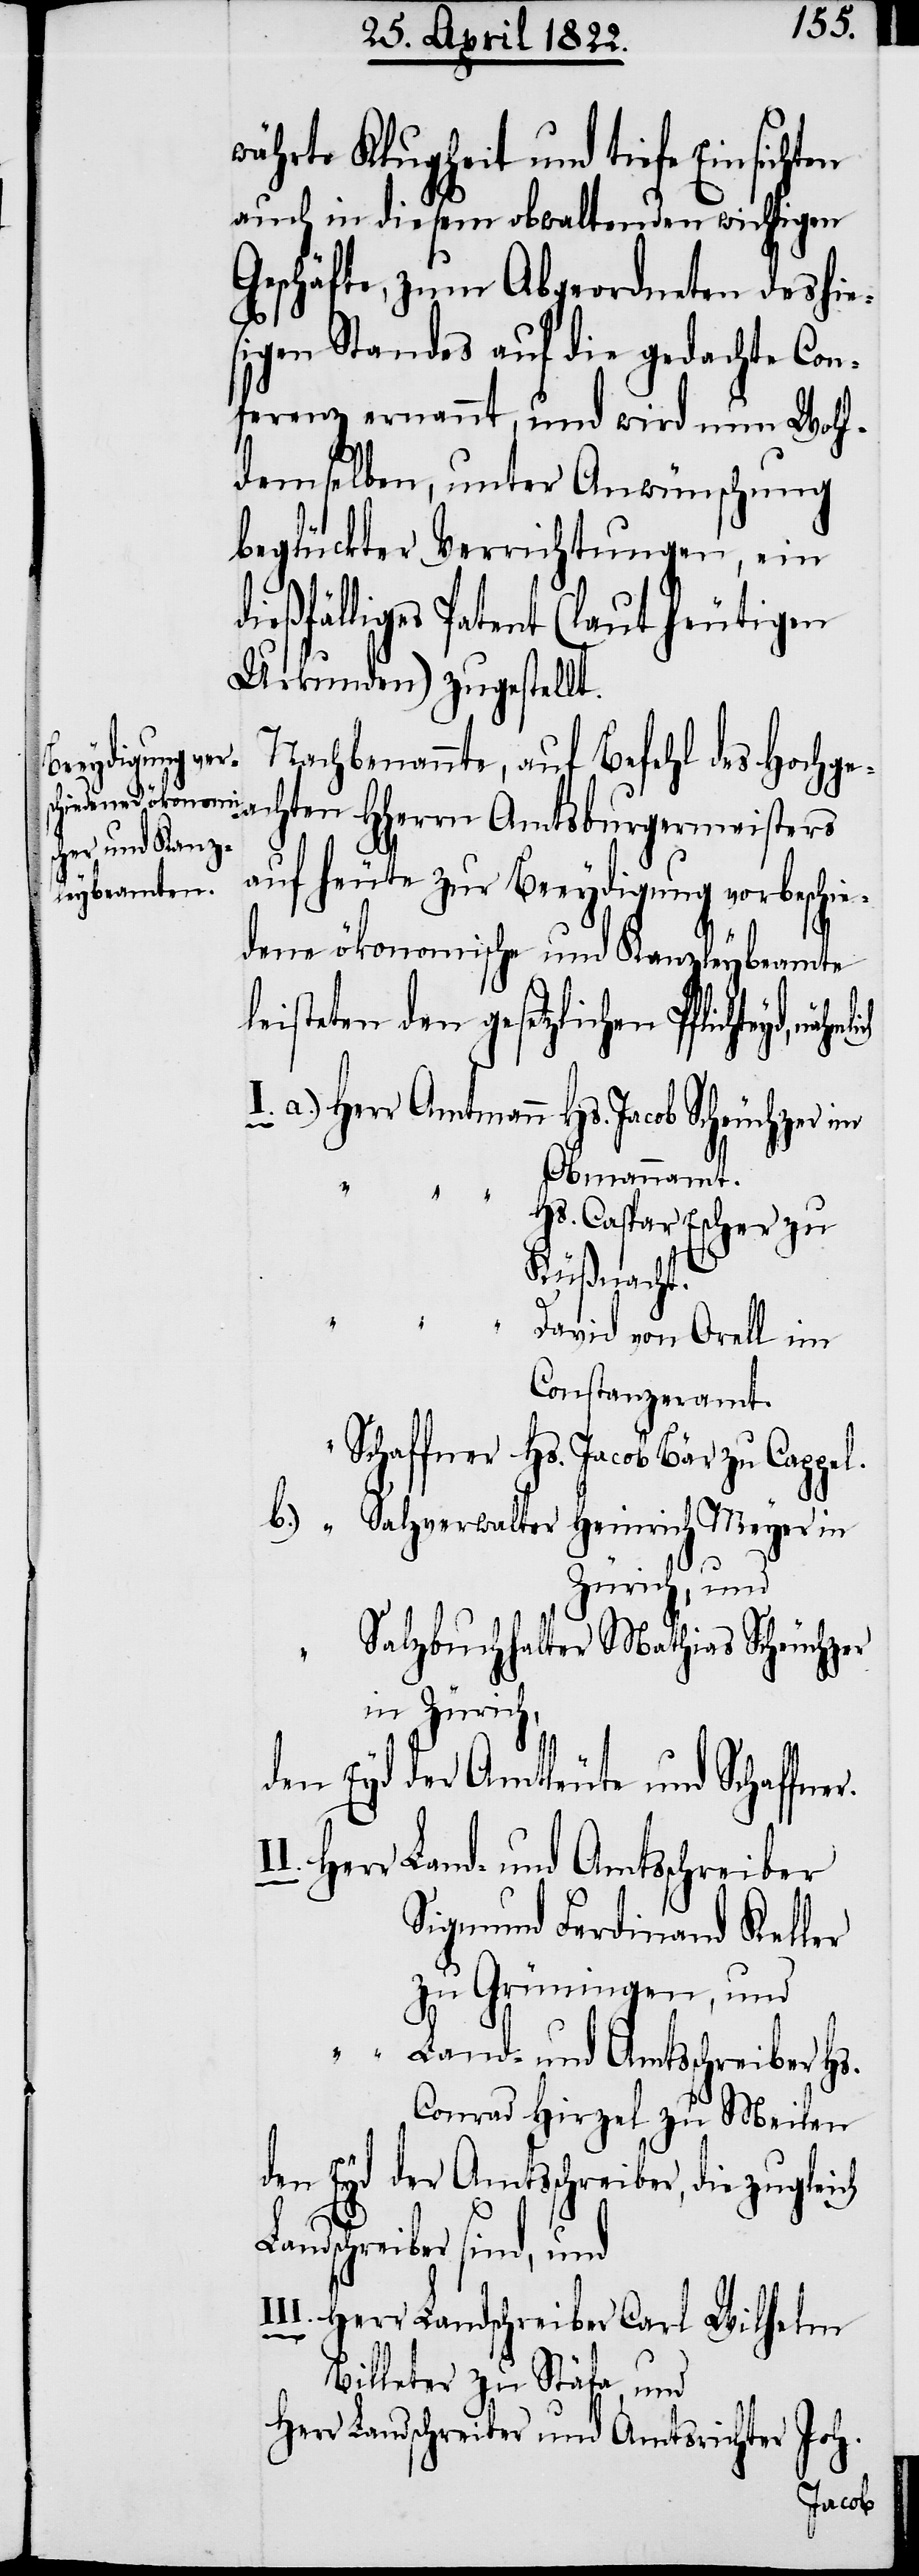
währte Klugheit und tiefe Einsichten
auch in diesem obwaltenden wichtigen
Geschäfte, zum Abgeordneten des hie¬
Standes ernannt, und wird nun Wohl¬
demselben, unter Anwünschung
beglückter Verrichtungen, ein
dießfällige Patent (laut heutigen
Urkunden) zugestellt.
Nachbenannte, auf Befehl des Hochgea¬
chten Herrn Amtsburgermeisters
auf heute zur Beeydigung vorbeschie¬
dene ökonomische und Kanzleybeamte
leisteten den gesetzlichen Pflichteyd,
I. a.) Herr Amtmann Hs. Jacob Scheuchzer, im
Obmannamt.
“
Hs. Caspar Escher zu
Küßnacht.
“
David von Orell im
Constanzeramt.
Schaffner Hs. Jacob Bär zu Cappel.
b.) “ Salzverwalter Heinrich Meyer in
Zürich, und
Salzbuchhalter Mathias Scheuchzer
in Zürich,
den Eyd der Amtleute und Schaffner.
II. Herr
Land- und Amtsschreiber
Sigmund Ferdinand Keller
zu Grüningen, und
“ Land- und Amtsschreiber Hs.
Conrad Hirzel zu Meilen.
den Eyd der Amtsschreiber, die zugleich
Landschreiber sind, und
II. Herr Landschreiber Carl Wilhelm
I¬
Billeter zu Stäfa, und
Herr Landschreiber und Amtsrichter Joh.